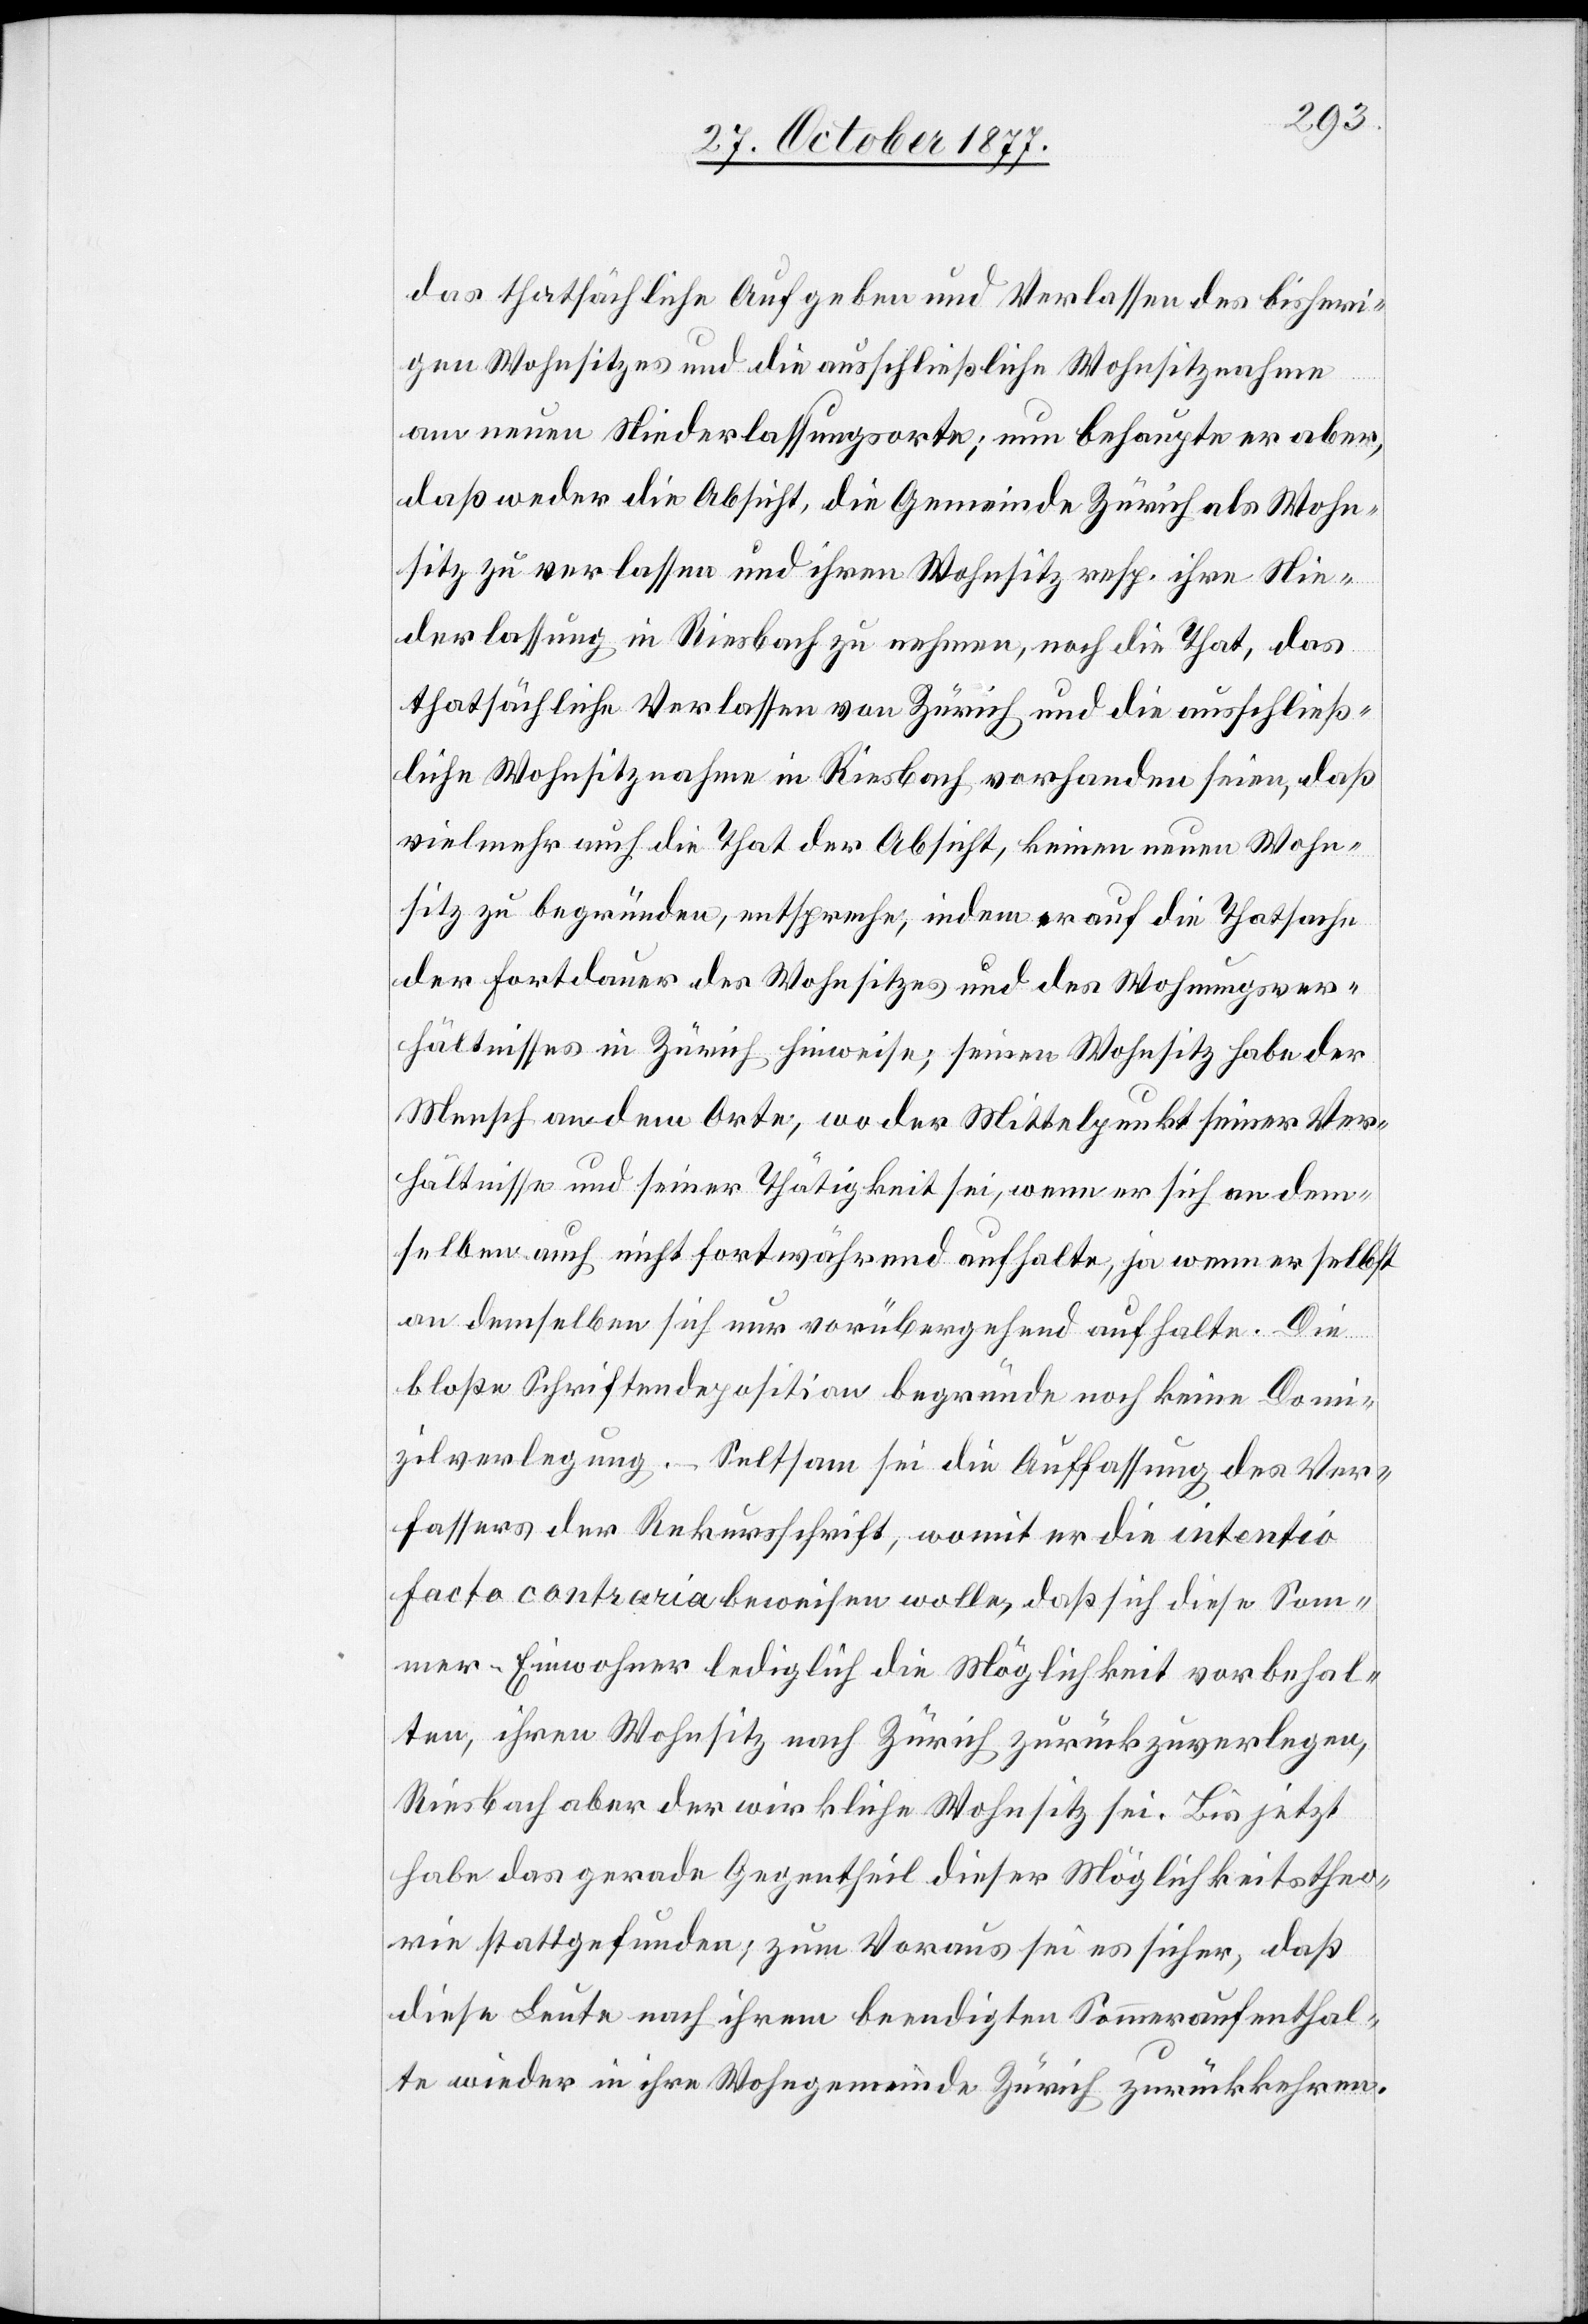
das thatsächliche Aufgeben und Verlassen des bisheri¬
gen Wohnsitzes und die ausschließliche Wohnsitznahme
am neuen Niederlassungsorte; nun behaupte er aber,
daß weder die Absicht, die Gemeinde Zürich als Wohn¬
sitz zu verlassen und ihren Wohnsitz resp. ihre Nie¬
derlassung in Riesbach zu nehmen, noch die That, das
thatsächliche Verlassen von Zürich und die ausschließ¬
liche Wohnsitznahme in Riesbach vorhanden seien, daß
vielmehr auch die That der Absicht, keinen neuen Wohn¬
sitz zu begründen, entspreche, indem er auf die Thatsache
der Fortdauer des Wohnsitzes und des Wohnungsver¬
hältnisses in Zürich hinweise; seinen Wohnsitz habe der
Mensch an dem Orte, wo der Mittelpunkt seiner Ver¬
hältnisse und seiner Thätigkeit sei, wenn er sich an dem¬
selben auch nicht fortwährend aufhalte, ja wenn er selbst
an demselben sich nur vorübergehend aufhalte. Die
bloße Schriftendeposition begründe noch keine Domi¬
zilverlegung. – Seltsam sei die Auffassung des Ver¬
fassers der Rekursschrift, womit er die intentio
facto contraria beweisen wolle, daß sich diese Som¬
mer-Einwohner lediglich die Möglichkeit vorbehal¬
ten, ihren Wohnsitz nach Zürich zurückzuverlegen,
Riesbach aber der wirkliche Wohnsitz sei. Bis jetzt
habe das gerade Gegentheil dieser Möglichkeitstheo¬
rie stattgefunden; zum Voraus sei es sicher, daß
diese Leute nach ihrem beendigten Sommeraufenthal¬
te wieder in ihre Wohngemeinde Zürich zurückkehren.